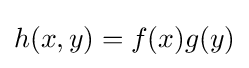
h(x,y)=f(x)g(y)